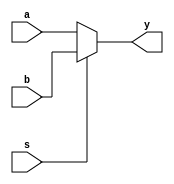
module mux(a,b,s,y);
input a,b,s;
output y;
assign y=s?b:a;
endmodule